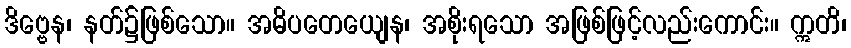
ဒိဗ္ဗေန၊ နတ်၌ဖြစ်သော။ အဓိပတေယျေန၊ အစိုးရသော အဖြစ်ဖြင့်လည်းကောင်း။ ဣတိ၊